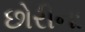
છોરીના